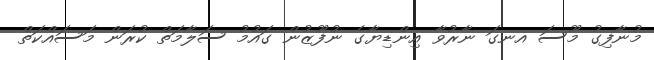
މުނާފިގު މޫސަ އނގަ ނާރުވާ އިންޑިޔާގެ ނުފޫޒުން ގައުމު ސަލާމަތް ކުރަން މަސައްކަތް